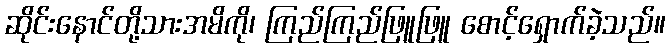
ဆိုင်းနောင်တို့သားအမိကို၊ ကြည်ကြည်ဖြူဖြူ စောင့်ရှောက်ခဲ့သည်။